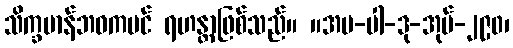
သိက္ခမာန်ဘဝကပင် ရဟန္တာဖြစ်သည်။ ။အပ-ပါ-ဒု-အုပ်-၂၉၀၊